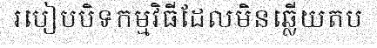
របៀបបិទកម្មវិធីដែលមិនឆ្លើយតប